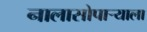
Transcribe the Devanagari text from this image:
नालासोपाऱ्याला